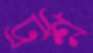
ট্রশ্ন